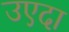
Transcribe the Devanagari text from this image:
उएदा